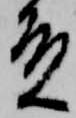
殿